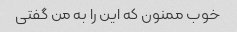
خوب ممنون که این را به من گفتی